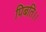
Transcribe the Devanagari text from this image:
पिबति।।